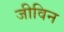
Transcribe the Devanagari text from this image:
जीविन